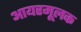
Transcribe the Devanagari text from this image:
आयरमूलक